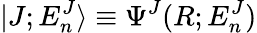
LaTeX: |J;E_{n}^{J}\rangle\equiv\Psi^{J}(R;E_{n}^{J})